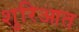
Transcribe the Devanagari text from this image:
शुरिआत